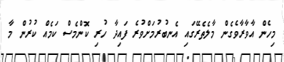
މިހެން އާވާރާވެގެން މާލެތެރޭގައި އެނބުރުމަށްވުރެ ފައިދާ ހުރި ކޮންމެސް ކަމެއް ކުރުން މާ